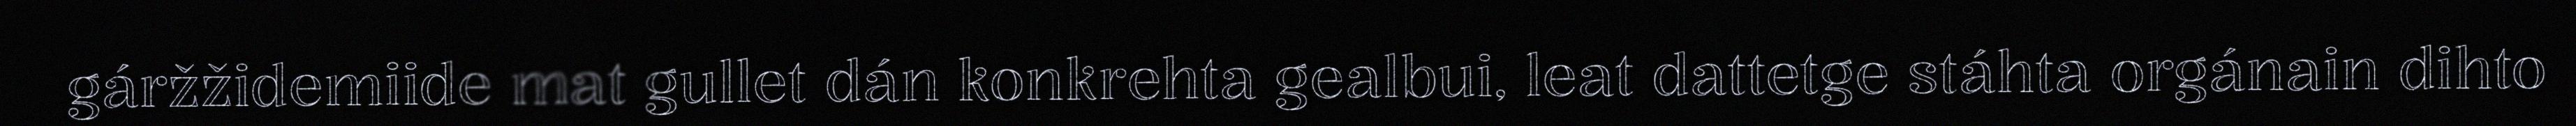
gáržžidemiide mat gullet dán konkrehta gealbui, leat dattetge stáhta orgánain dihto